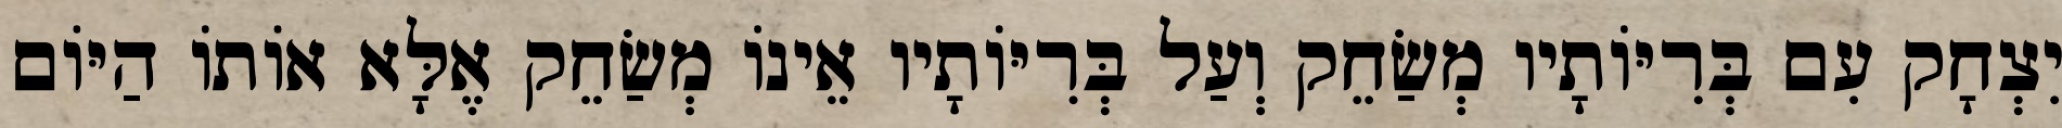
יִצְחָק עִם בְּרִיּוֹתָיו מְשַׂחֵק וְעַל בְּרִיּוֹתָיו אֵינוֹ מְשַׂחֵק אֶלָּא אוֹתוֹ הַיּוֹם